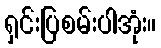
ရှင်းပြစမ်းပါအုံး။